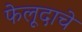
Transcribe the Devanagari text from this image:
फेलूदाचे